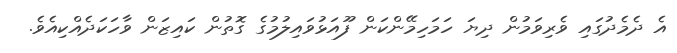
އެ ދެމެދުގައި ވެރިވަމުން ދިޔަ ހަމަހިމޭންކަން ފޫއަޅުވައިލުމުގެ ގޮތުން ކައިޒަން ވާހަކަދެއްކިއެވެ.